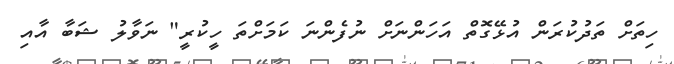
ހިތަށް ތަދުކުރަން އުޅޭގޮތް އަހަންނަށް ނުފެންނަ ކަމަށްތަ ހީކުރީ" ނަވާލު ޝަބާ އާއި